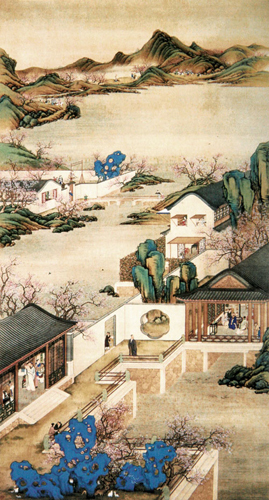
佳辰强饮食犹寒，隐几萧条戴鹖冠。